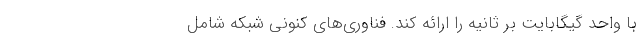
با واحد گیگابایت بر ثانیه را ارائه کند. فناوری‌های کنونی شبکه شامل